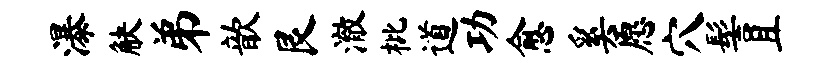
瀑觖弟歆艮澈枇道功愈奚愿穴髻且